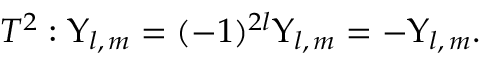
T ^ { 2 } : \Upsilon _ { l , \, m } = ( - 1 ) ^ { 2 l } \Upsilon _ { l , \, m } = - \Upsilon _ { l , \, m } .